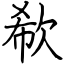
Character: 欷